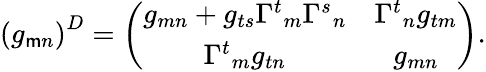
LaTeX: \left(g_{\mathsf{m}n}\right)^{D}=\left(\begin{array}{cc}{{g_{mn}+g_{ts}{\Gamma^{t}}_{m}{\Gamma^{s}}_{n}}}&{{{\Gamma^{t}}_{n}g_{tm}}}\\ {{{\Gamma^{t}}_{m}g_{tn}}}&{{g_{mn}}}\end{array}\right).